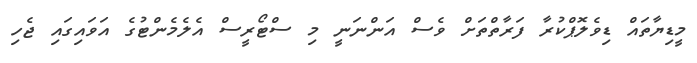
މީޑިޔާތައް ޑިވެލޮޕްކުރާ ފަރާތްތަށް ވެސް އަންނަނީ މި ސްޓޯރީސް އެލެމެންޓުގެ އަވައިގައި ޖެހި